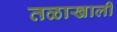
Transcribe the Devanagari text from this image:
तळाखाली